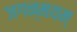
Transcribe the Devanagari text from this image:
जगन्मयम्